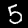
Label: 5